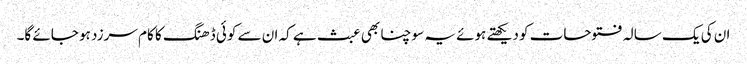
ان کی یک سالہ فتوحات کو دیکھتے ہوئے یہ سوچنا بھی عبث ہے کہ ان سے کوئی ڈھنگ کا کام سرزد ہو جائے گا۔